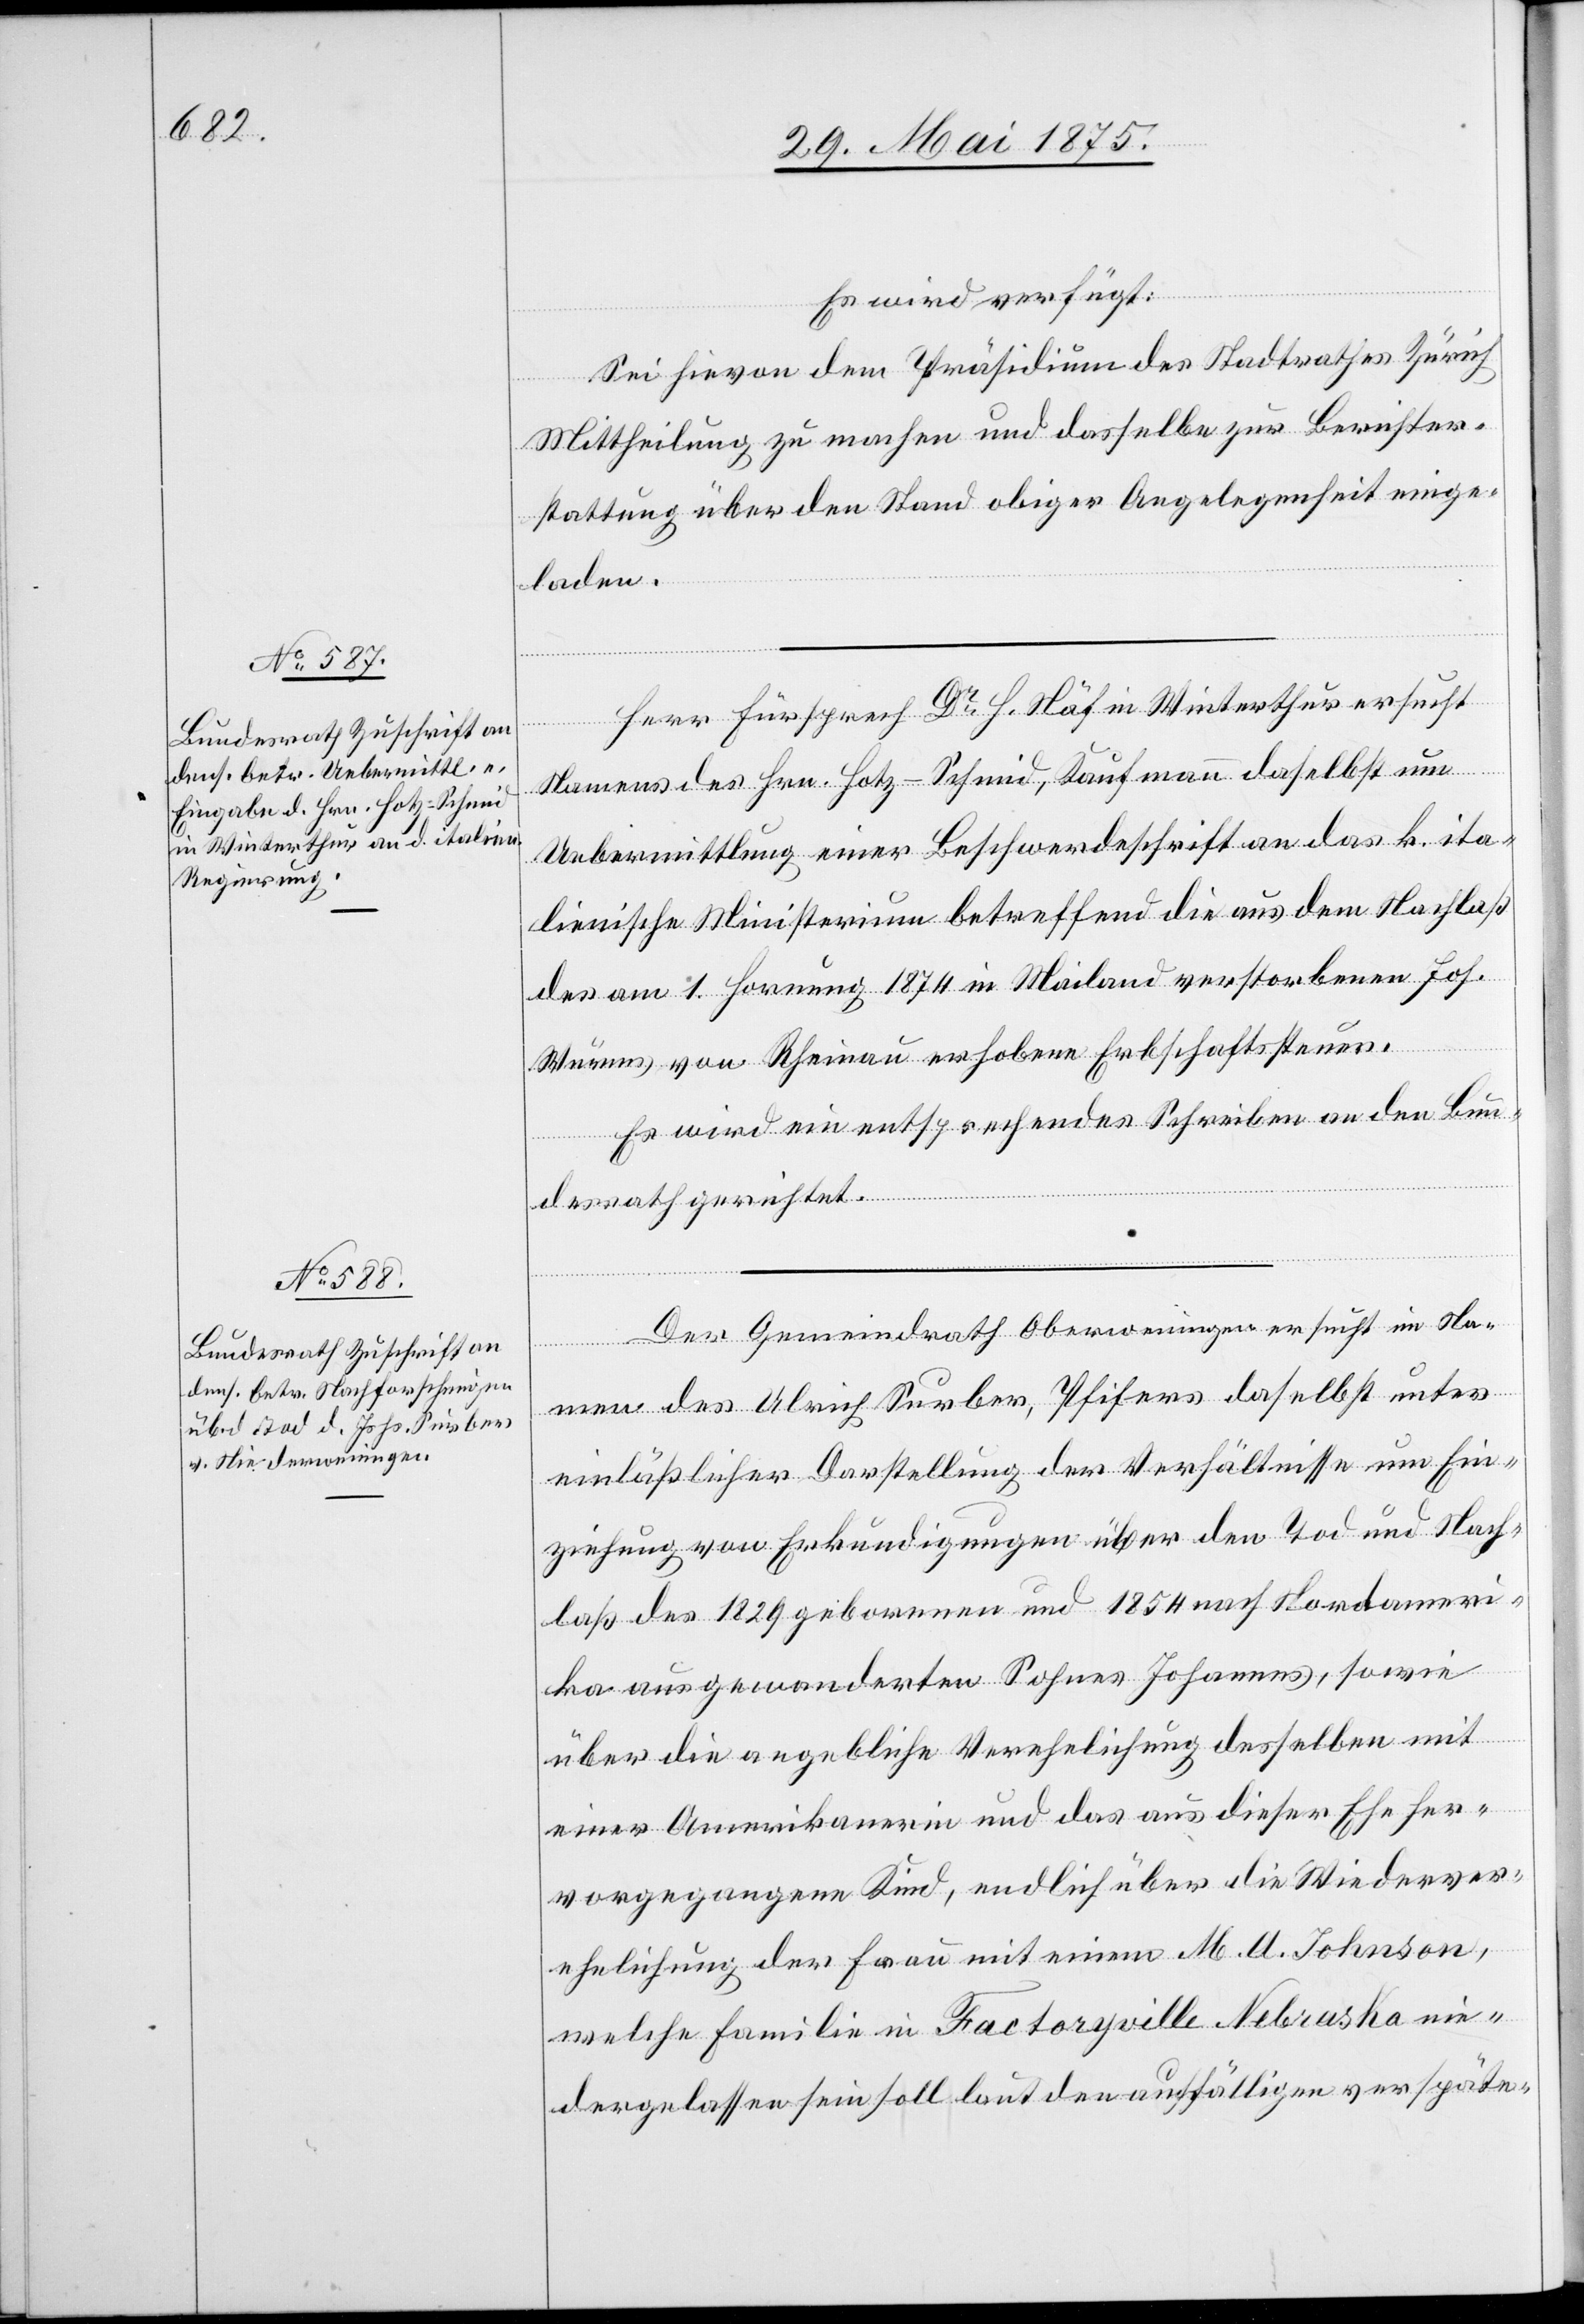
3. Juni 1875]
Es wird verfügt:
Sei hievon dem Präsidenten des Stadtrathes Zürich
Mittheilung zu machen und dasselbe zur Berichter¬
stattung über den Stand obiger Angelegenheit einge¬
laden.
Herr Fürsprech Dr H. Näf in Winterthur ersucht
Namens des Hrn. Hotz-Schmid, Kaufmann daselbst um
Uebermittlung einer Beschwerdeschrift an das k. ita¬
lienische Ministerium betreffend die aus dem Nachlaß
des am 1. Hornung 1874 in Mailand verstorbenen Jos.
Würms von Rheinau erhobene Erbschaftssteuer.
Es wird ein entsprechendes Schreiben an den Bun¬
desrath gerichtet.
Der Gemeindrath Oberweningen ersucht im Na¬
men des Ulrich Surber, Pfifers [?]daselbst unter
einläßlicher Darstellung der Verhältnisse um Ein¬
ziehung von Erkundigungen über den Tod und Nach¬
laß des 1829 gebornen und 1854 nach Nordameri¬
ka ausgewanderten Sohnes Johannes, sowie
über die angebliche Verehelichung desselben mit
einer Amerikanerin und das aus dieser Ehe her¬
vorgegangene Kind, endlich über die Wiederver¬
ehelichung der Frau mit einem M. A. Johnson,
welche Familie in Factoryville Nebraska nie¬
dergelassen sein soll laut den auffälligen verspäte-